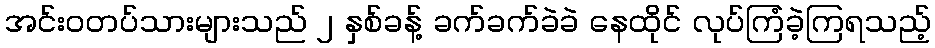
အင်းဝတပ်သားများသည် ၂ နှစ်ခန့် ခက်ခက်ခဲခဲ နေထိုင် လုပ်ကြံခဲ့ကြရသည့်